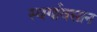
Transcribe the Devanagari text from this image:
स्वर्गावसान